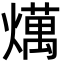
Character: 燤